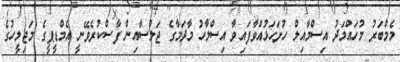
މެމްބަރު މުހައްމަދު އިސްމާއިލް ހުށަހަޅުއްވާފައިވާ އިސްލާހު މާދަމާގެ ޖަލްސާއިން ފާސްކުރެވޭނީ އެމްޑީޕީގެ މަޖިލީހުގެ